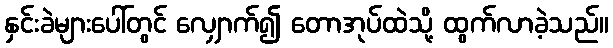
နှင်းခဲများပေါ်တွင် လျှောက်၍ တောအုပ်ထဲသို့ ထွက်လာခဲ့သည်။